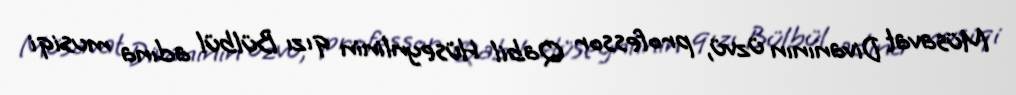
Müsavat Divanının üzvü, professor Qabil Hüseynlinin qızı Bülbül adına musiqi